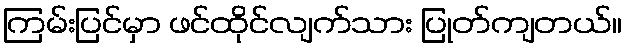
ကြမ်းပြင်မှာ ဖင်ထိုင်လျက်သား ပြုတ်ကျတယ်။